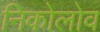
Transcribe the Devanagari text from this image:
निकोलोव